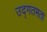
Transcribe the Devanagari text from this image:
उद्गतमता